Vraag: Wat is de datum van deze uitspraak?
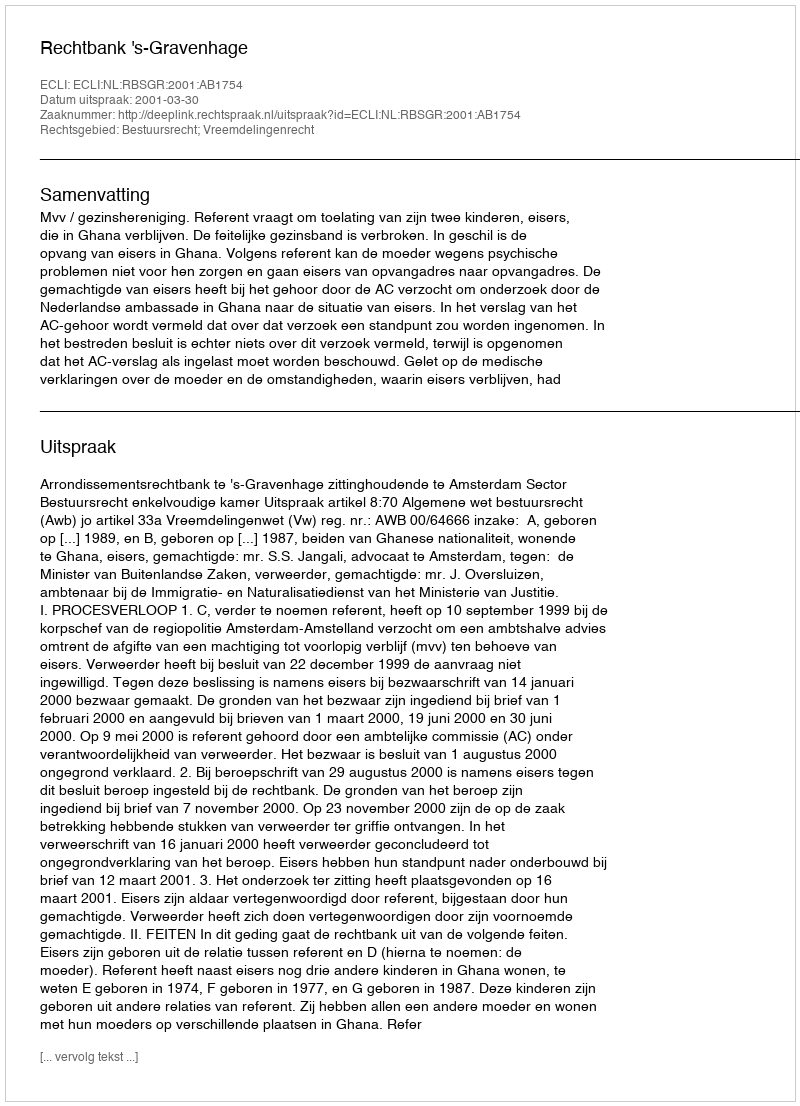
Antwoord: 2001-03-30